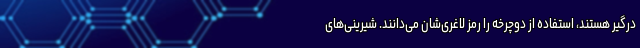
درگیر هستند، استفاده از دوچرخه را رمز لاغری‌شان می‌دانند. شیرینی‌های